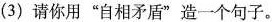
(3)请你用”自相矛盾”造一个句子。